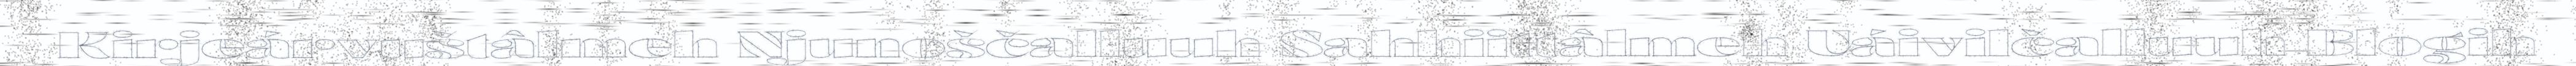
Kirjeárvuštâlmeh Njunoščalluuh Sahhiittâlmeh Uáivilčalluuh Blogih